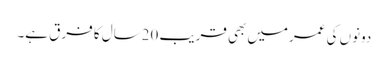
دونوں کی عمرمیں بھی قریب 20سال کا فرق ہے۔